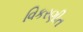
વિકરણીત